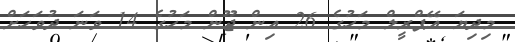
މިދިޔަ އޭޕްރީލް މަހުގެ 26 އިން ޖޫން މަހުގެ 14 ވަނަ ދުވަހަށް